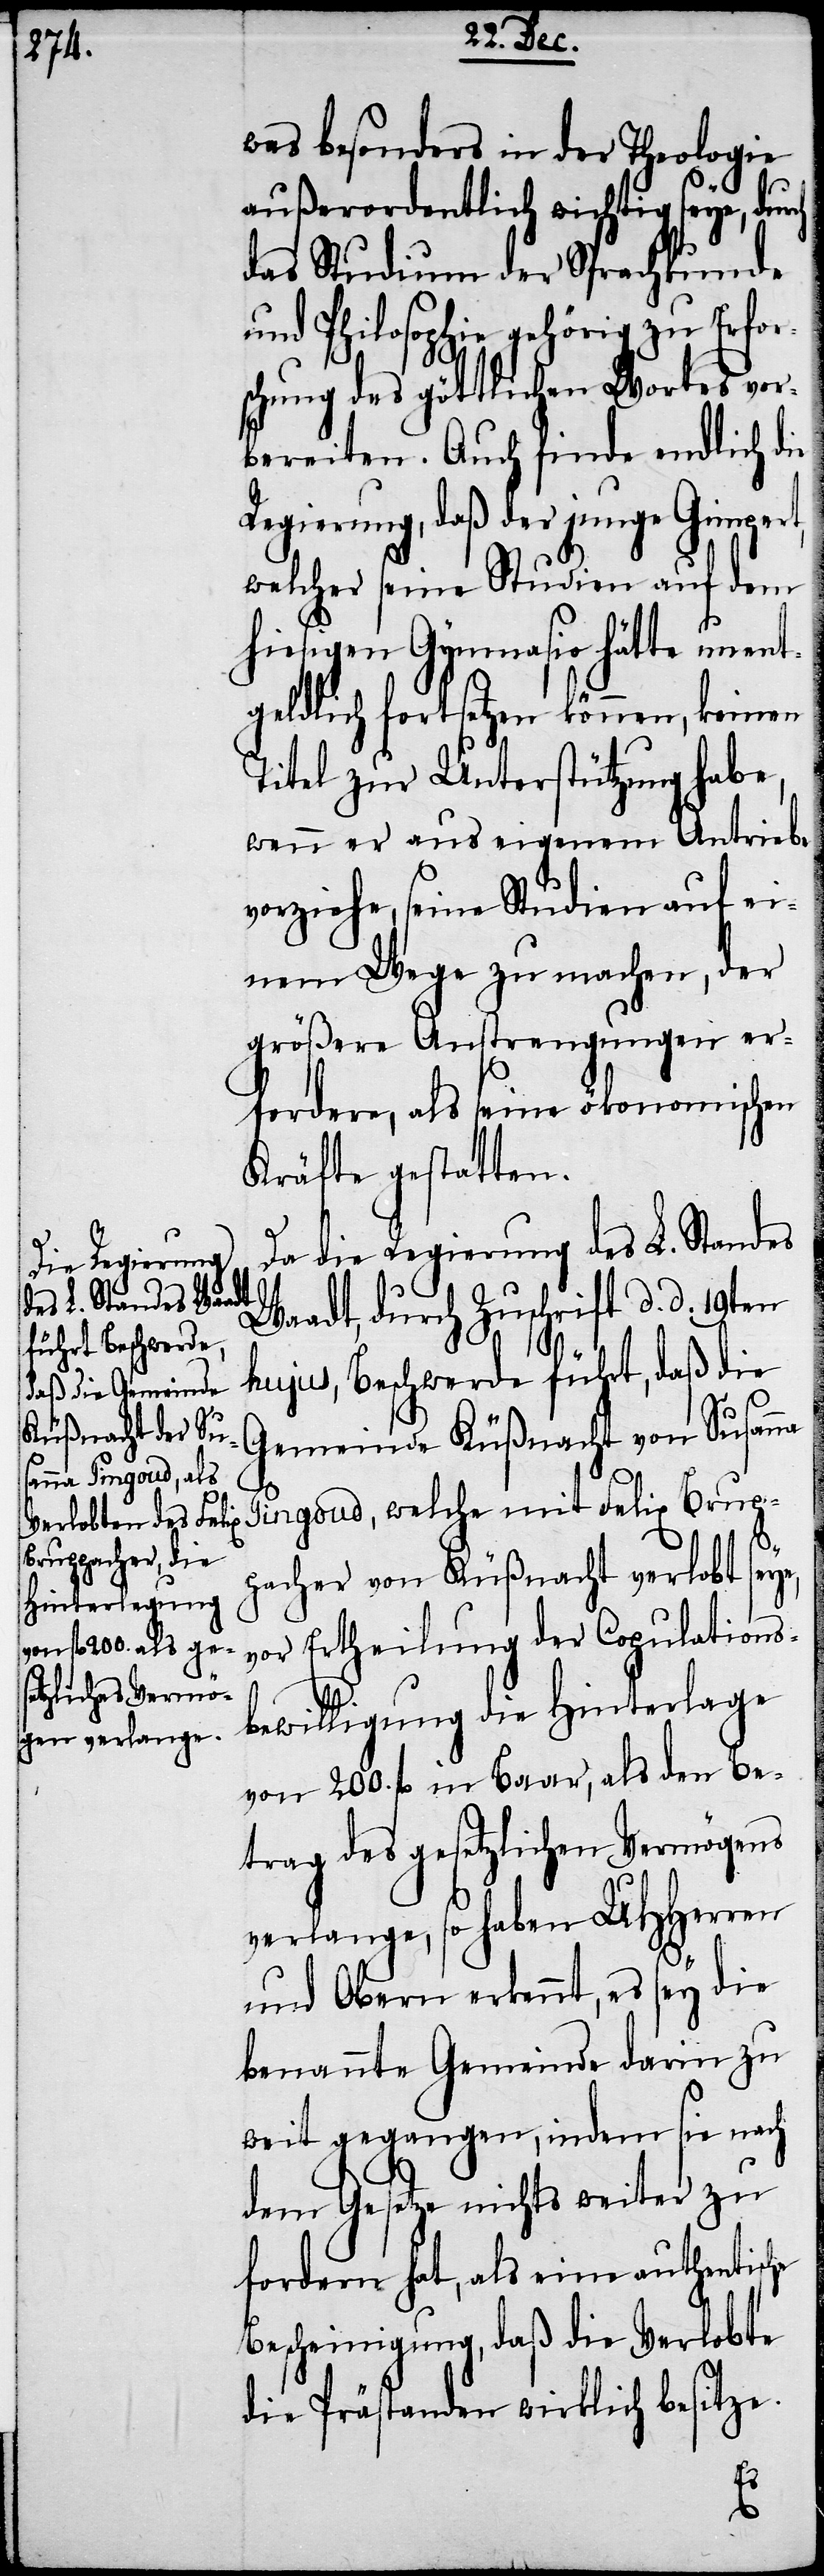
was besonders in der Theologie
außerordentlich wichtig seye, durch
das Studium der Sprachkunde
und Philosophie gehörig zu Erfor¬
schung des göttlichen Wortes vor¬
bereiten. Auch finde endlich die
Regierung, daß der junge Gimpert,
welcher seine Studien auf dem
hiesigen Gymnasio hätte unent¬
geldlich fortsetzen können, keinen
Titel zur Unterstützung habe,
wenn er aus eigenem Antriebe
vorziehe, seine Studien auf ein¬
em Wege zu machen, der
größere Anstrengungen er¬
fordere, als seine ökonomischen
Kräfte gestatten.
Da die Regierung des L. Standes
Waadt, durch Zuschrift d. d. 19ten
hujus, Beschwerde führt, daß die
Gemeinde Küßnacht von Susanna
Pingoud, welche mit Felix Brup¬
pacher von Küßnacht verlobt seye,
vor Ertheilung der Copulations¬
bewilligung die Hinterlage
von 200. fl in Baar, als den be¬
trag des gesetzlichen Vermögens
verlange, so haben UHHerren
und Obern erkennt, es sey die
benannte Gemeinde darin zu
weit gegangen, indem sie nach
dem Gesetze nichts weiter zu
fordern hat, als eine authentische
Bescheinigung, daß die verlobte
die Prästanden wirklich besitze.